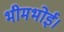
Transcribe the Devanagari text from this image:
भीमभोई।